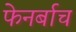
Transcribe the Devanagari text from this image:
फेनर्बाच